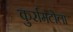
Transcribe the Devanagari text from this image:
कुर्रामटोला